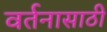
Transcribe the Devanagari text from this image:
वर्तनासाठी